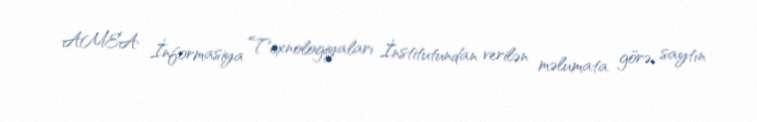
AMEA İnformasiya Texnologiyaları İnstitutundan verilən məlumata görə, saytın